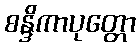
စန္ဒိကာပုတ္တော